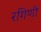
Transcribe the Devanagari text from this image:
रगिणी